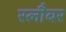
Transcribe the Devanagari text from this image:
स्लौबर